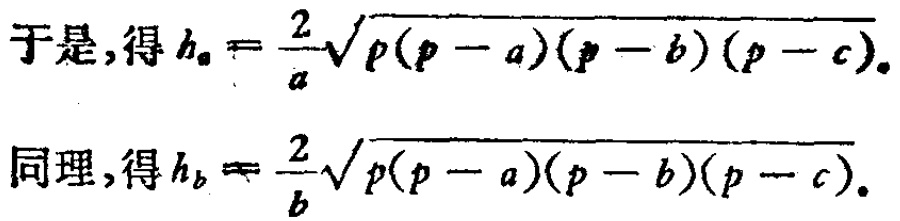
\[

\begin{align*}

\text{于是,得 } h_{a}&=\frac{2}{a}\sqrt{p(p - a)(p - b)(p - c)}.\\

\text{同理,得 } h_{b}&=\frac{2}{b}\sqrt{p(p - a)(p - b)(p - c)}.

\end{align*}

\]